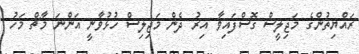
ރައްޔިތުންގެ މަޖިލީސް ގޮސްފައިވާ އިރު ދެން މަޖިލިސް ހުޅުވާނީ އަންނަ މާޗް މަހު